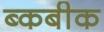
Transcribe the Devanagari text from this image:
ब्कबीक